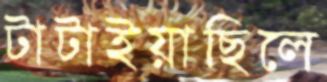
টাটাইয়াছিলে